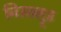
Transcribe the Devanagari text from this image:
निस्तल्रूइ